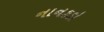
નાનકડો